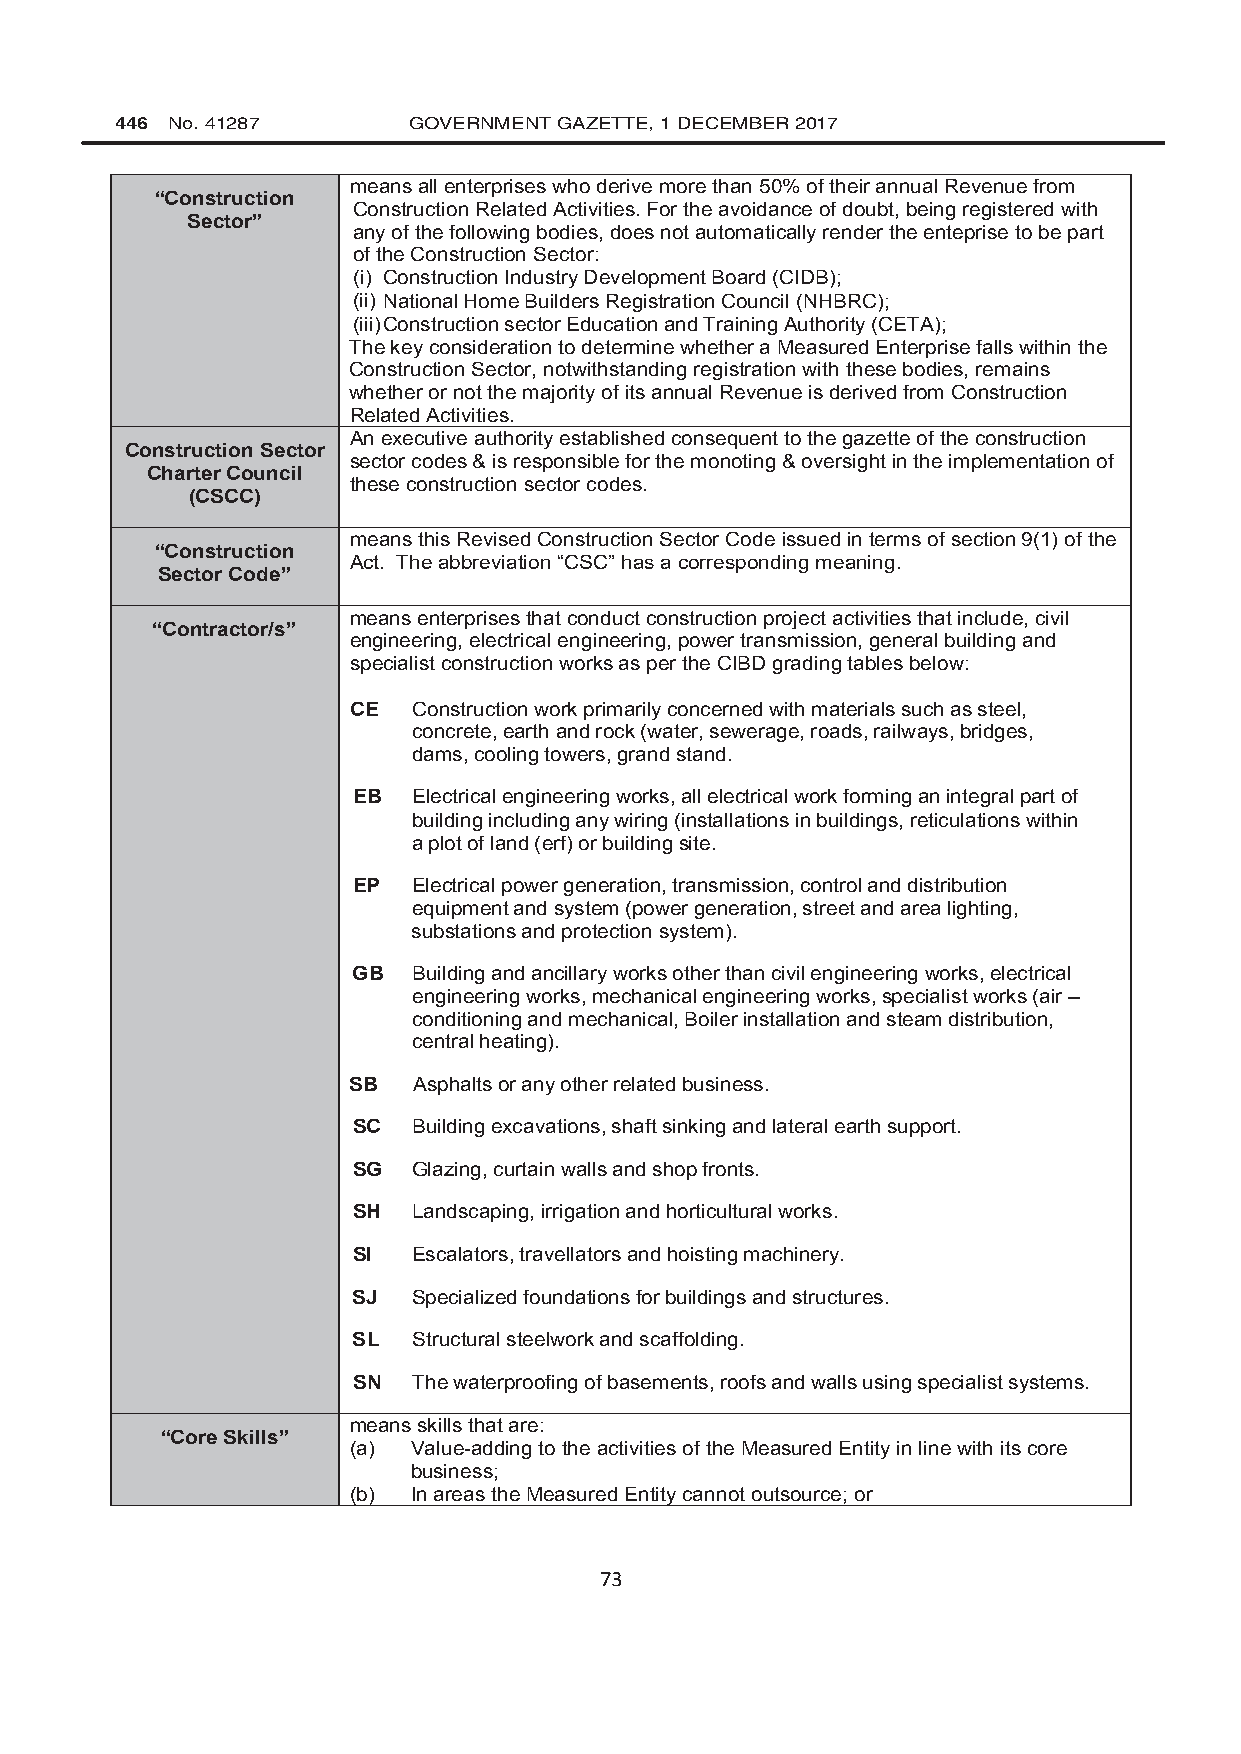
446 No. 41287      GOVERNMENT GAZETTE, 1 DECEMBER 2017
 means all enterprises who derive more than 50% of their annual Revenue from
 “Construction
 Construction Related Activities. For the avoidance of doubt, being registered with
 Sector”
 any of the following bodies, does not automatically render the enteprise to be part
 of the Construction Sector:
 (i) Construction Industry Development Board (CIDB);
 (ii) National Home Builders Registration Council (NHBRC);
 (iii) Construction sector Education and Training Authority (CETA);
 The key consideration to determine whether a Measured Enterprise falls within the
 Construction Sector, notwithstanding registration with these bodies, remains
 whether or not the majority of its annual Revenue is derived from Construction
 Related Activities.
 An executive authority established consequent to the gazette of the construction
 Construction Sector
 sector codes & is responsible for the monoting & oversight in the implementation of
 Charter Council
 these construction sector codes.
 (CSCC)
 means this Revised Construction Sector Code issued in terms of section 9(1) of the
 “Construction
 Act. The abbreviation “CSC” has a corresponding meaning.
 Sector Code”
 means enterprises that conduct construction project activities that include, civil
 “Contractor/s”
 engineering, electrical engineering, power transmission, general building and
 specialist construction works as per the CIBD grading tables below:
 CE  Construction work primarily concerned with materials such as steel,
 concrete, earth and rock (water, sewerage, roads, railways, bridges,
 dams, cooling towers, grand stand.
 EB  Electrical engineering works, all electrical work forming an integral part of
 building including any wiring (installations in buildings, reticulations within
 a plot of land (erf) or building site.
 EP  Electrical power generation, transmission, control and distribution
 equipment and system (power generation, street and area lighting,
 substations and protection system).
 GB  Building and ancillary works other than civil engineering works, electrical
 engineering works, mechanical engineering works, specialist works (air –
 conditioning and mechanical, Boiler installation and steam distribution,
 central heating).
 SB  Asphalts or any other related business.
 SC  Building excavations, shaft sinking and lateral earth support.
 SG  Glazing, curtain walls and shop fronts.
 SH  Landscaping, irrigation and horticultural works.
 SI  Escalators, travellators and hoisting machinery.
 SJ  Specialized foundations for buildings and structures.
 SL  Structural steelwork and scaffolding.
 SN  The waterproofing of basements, roofs and walls using specialist systems.
 means skills that are:
 “Core Skills”
 (a) Value-adding to the activities of the Measured Entity in line with its core
 business;
 (b) In areas the Measured Entity cannot outsource; or
 73